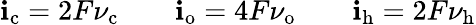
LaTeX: \mathbf{i}_{\mathrm{{c}}}=2F\nu_{\mathrm{{c}}}\qquad\mathbf{i}_{\mathrm{{o}}}=4F\nu_{\mathrm{{o}}}\qquad\mathbf{i}_{\mathrm{{h}}}=2F\nu_{\mathrm{{h}}}